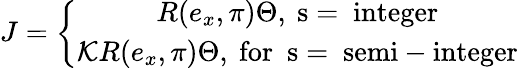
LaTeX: J=\left\{ \begin{array}{c}{{R(e_{x},\pi)\Theta,\mathrm{~s=~integer}}}\\ {{{\cal K}R(e_{x},\pi)\Theta,\mathrm{~for~~s=~semi-integer}}}\end{array}\right.